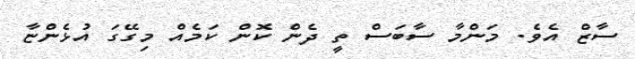
ސާޒް އެވެ. މަންމާ ސާބަސް ތީ ދެން ކޮން ކަމެއް މިގޭގަ އުޅެންޏާ